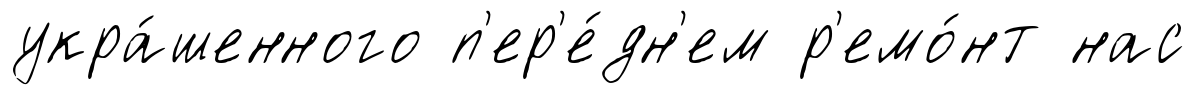
укра́шенного п'ер'е́дн'ем р'емо́нт нас